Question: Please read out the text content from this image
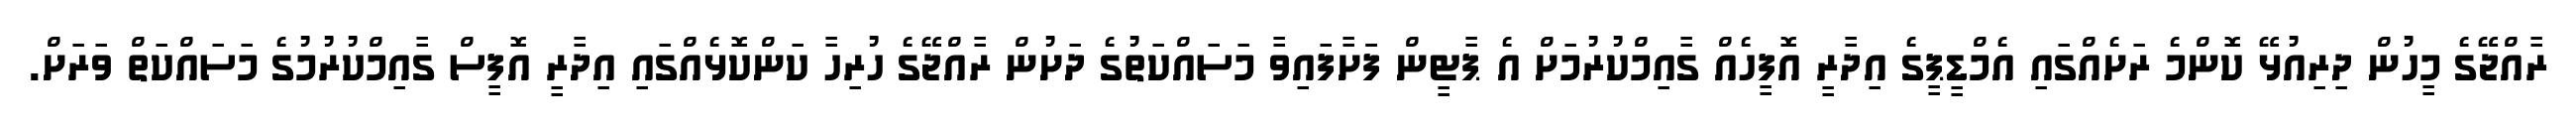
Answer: ރާއްޖޭގެ މީހުން ދިރިއުޅޭ ކޮންމެ ރަށެއްގައި އެމްޑީޕީގެ އިދާރީ އޮފީހެއް ގާއިމްކުރުމަށް އެ ޕާޓީން ފަަށާފައިވާ މަސައްކަތުގެ ދަށުން ރާއްޖޭގެ ހުރިހާ ކަންކޮޅެއްގައި އިދާރީ އޮފީސް ގާއިމްކުރުމުގެ މަސައްކަތް ވަރަށް.